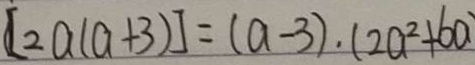
[ 2 a ( a + 3 ) ] = ( a - 3 ) \cdot ( 2 a ^ { 2 } + 6 a